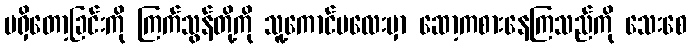
မရှိတော့ခြင်းကို ကြက်သွန်တို့ကို သူ့ကောင်မလေးမှာ ဆော့ကစားနေကြသည်ကို သေးစေ